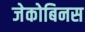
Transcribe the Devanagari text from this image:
जेकोबिनस